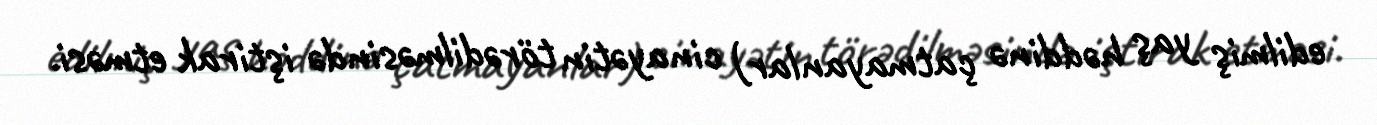
edilmiş yaş həddinə çatmayanlar) cinayətin törədilməsində iştirak etməsi.